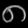
Digit: ၈